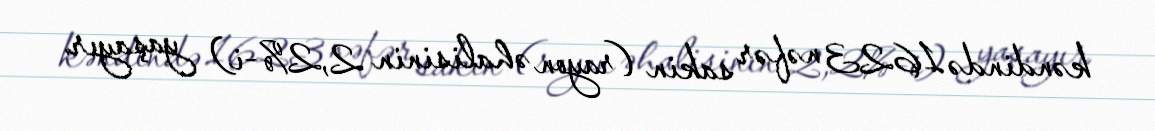
kəndində 1623 nəfər sakin (rayon əhalisinin 2,2%-i) yaşayır.